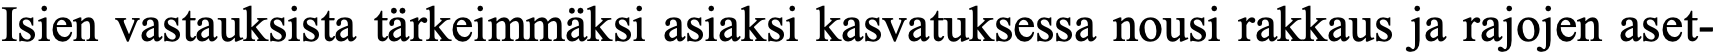
Isien vastauksista tärkeimmäksi asiaksi kasvatuksessa nousi rakkaus ja rajojen aset-